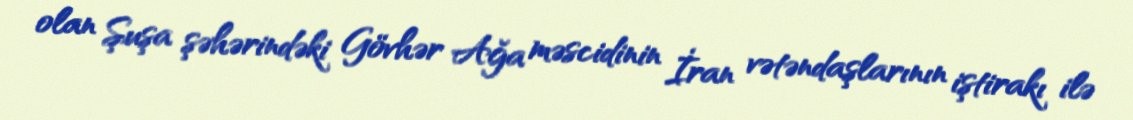
olan Şuşa şəhərindəki Gövhər Ağa məscidinin İran vətəndaşlarının iştirakı ilə